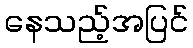
နေသည့်အပြင်